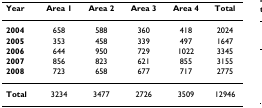
<table><thead><tr><td><b>Year</b></td><td><b>Area 1</b></td><td><b>Area 2</b></td><td><b>Area 3</b></td><td><b>Area 4</b></td><td><b>Total</b></td></tr></thead><tbody><tr><td><b>2004</b></td><td>658</td><td>588</td><td>360</td><td>418</td><td>2024</td></tr><tr><td><b>2005</b></td><td>353</td><td>458</td><td>339</td><td>497</td><td>1647</td></tr><tr><td><b>2006</b></td><td>644</td><td>950</td><td>729</td><td>1022</td><td>3345</td></tr><tr><td><b>2007</b></td><td>856</td><td>823</td><td>621</td><td>855</td><td>3155</td></tr><tr><td><b>2008</b></td><td>723</td><td>658</td><td>677</td><td>717</td><td>2775</td></tr><tr><td><b>Total</b></td><td>3234</td><td>3477</td><td>2726</td><td>3509</td><td>12946</td></tr></tbody></table>